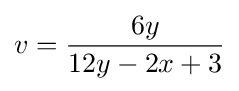
v={\frac {6y}{12y-2x+3}}